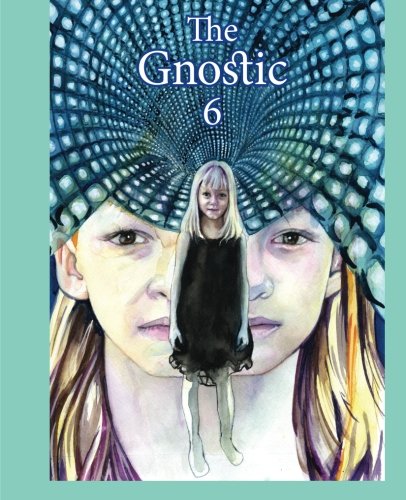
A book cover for The Gnostic 6: A Journal of Gnosticism, Western Esotericism and Spirituality; Andrew Phillip Smith; Christian Books & Bibles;